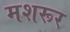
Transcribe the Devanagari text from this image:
मशरूर